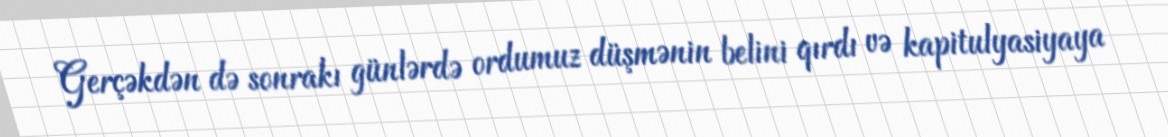
Gerçəkdən də sonrakı günlərdə ordumuz düşmənin belini qırdı və kapitulyasiyaya